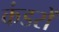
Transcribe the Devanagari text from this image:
कंडरों